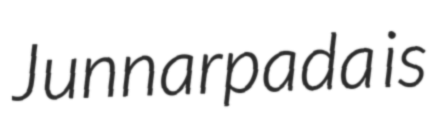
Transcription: Junnarpada is